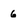
Character: 6